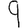
Digit: 9